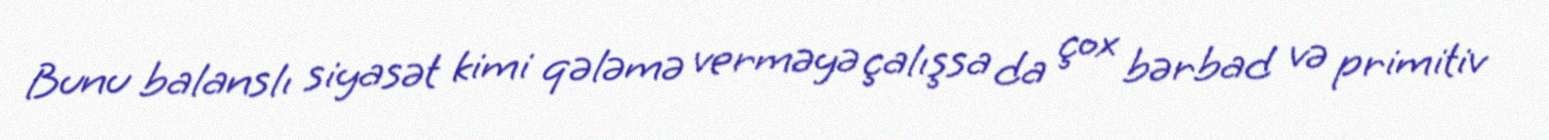
Bunu balanslı siyasət kimi qələmə verməyə çalışsa da çox bərbad və primitiv